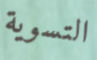
التسوية